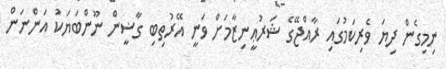
ނިމިގެން ދިޔަ ވެރިކަމުގައި ރާއްޖޭގެ ޝަރުޢީނިޒާމަށް ވަނީ އޭރުތިބި ގާޟީން ނޫންބަޔަކު އަންނަން